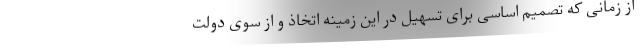
از زمانی که تصمیم اساسی برای تسهیل در این زمینه اتخاذ و از سوی دولت